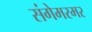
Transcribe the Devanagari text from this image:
संगेमरमर